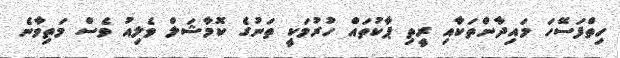
ހިތްފަސޭހަ މައިދާންތަކާއި ރީތި ޕާކުތައް ހުރުމަކީ ތަނުގެ ކޮމާޝަލް ވެލިއު ވެސް މަތިވާނެ